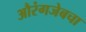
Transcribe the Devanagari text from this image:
औरंगजेबचा